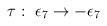
\begin{align*}\tau:\,\,\epsilon_7\rightarrow -\epsilon_7\end{align*}